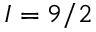
I = 9 / 2